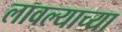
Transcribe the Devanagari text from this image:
लावल्याच्या